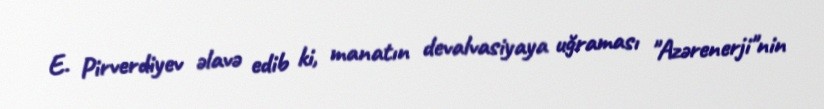
E. Pirverdiyev əlavə edib ki, manatın devalvasiyaya uğraması "Azərenerji"nin